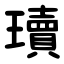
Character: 瓄